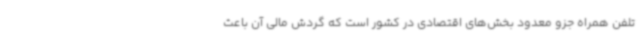
تلفن همراه جزو معدود بخش‌های اقتصادی در کشور است که گردش مالی آن باعث